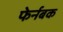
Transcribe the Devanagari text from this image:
फेर्नबक